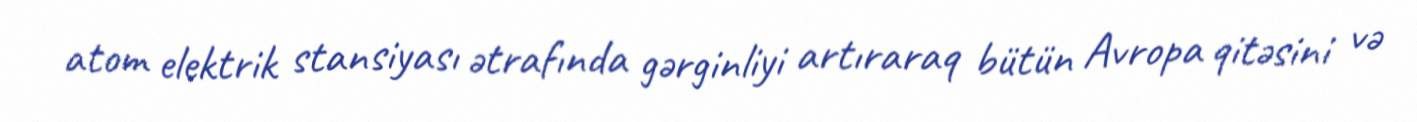
atom elektrik stansiyası ətrafında gərginliyi artıraraq bütün Avropa qitəsini və